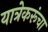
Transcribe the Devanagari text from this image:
यात्रेकरूंचा